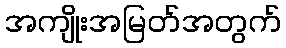
အကျိုးအမြတ်အတွက်